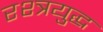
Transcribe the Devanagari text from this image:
रश्त्रयुद्ध